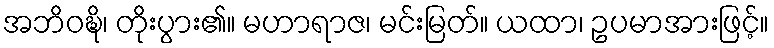
အဘိဝဍ္ဎိ၊ တိုးပွား၏။ မဟာရာဇ၊ မင်းမြတ်။ ယထာ၊ ဥပမာအားဖြင့်။